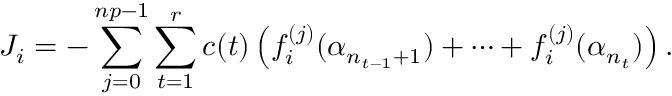
J _ { i } = - \sum _ { j = 0 } ^ { n p - 1 } \sum _ { t = 1 } ^ { r } c ( t ) \left( f _ { i } ^ { ( j ) } ( \alpha _ { n _ { t - 1 } + 1 } ) + \cdots + f _ { i } ^ { ( j ) } ( \alpha _ { n _ { t } } ) \right) .